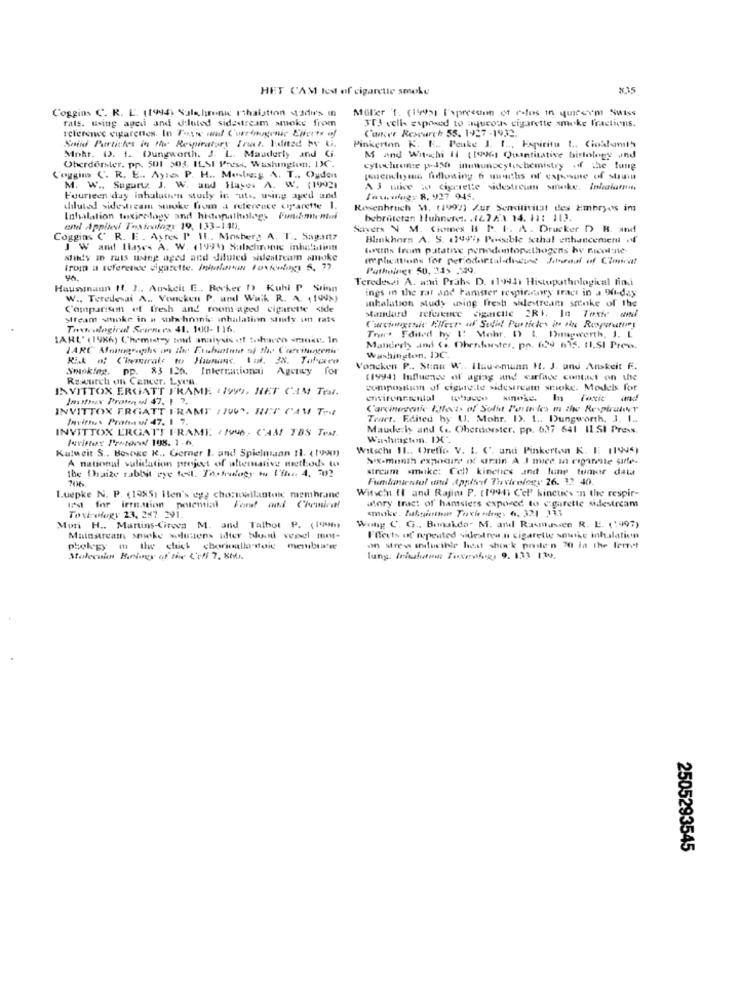
HET CAM led of cigarette smoke
×15
Coggins C. R. L'. (1994) Sala, hroni Ithaistion adu's in
Müller '1. (1995) ['xprecoin of ratos in quecon Nutss
fals. using apeu and diluted sidestream smoke from
313 cells exposed to ayucos cigarette smoke fractions.
Icteronce cigarettes. In Tayre mul Corrinugenic Eltern of
Cancer Research 55. 1927 -1932.
Smind Particles in the Respiratory Tract. Idlited by U.
Pinkerton K. E .. Peuke J. 1 .., Espiritu L. Cioklamth
Oherdorster. pr. 501 503. IL.SI Press, Washington, IX .
Mohr. D. 1. Dungworth. J. L. Mauderty and Gi.
M and Wit-chi 11 (1996) Quantitative bistology and
Coggins C. R. E .. Ayra P. H .. Mabag A. T ., Ouden
M. W .. Suparty J. W. and Huge. A. W. (19921
AJ mice w cigarette sidestreum smake. Inhalar,
Fourieen day inhalation stuily in uts, using aged and
Tourolags 8, 927 945.
shlutad sidestream suoke from a reference carette 1.
Rienbruch M. (1997) Zur Sensitivitat des Embryos im
Inhalation toxicology and histopathology findhim-nul
bebrütetan Huhnere .. . 167 2) 14. 11: 113.
ente Applied Texteulogy 19, 133-140.
Savers N M. Ciones & P. I. A. Drucker D) R. and
Coggins ( R. E . Ayres P' IL .. Mosher) A. T .. Sag.mit7
Blinkhors A. S. (1997) Possible scthal enhancement M
J W and Hayes A. W. (1995) Sabchrome inhalation
torethis from patative penodontopathogens by nicolanie
alikdy in ruts wing aged and diluted sidestream smoke
implications for periodontal-diewe Journal of CImicat
trom a reference cigarette. Iniulan Foxkwlogy 5. 77
Pathoiner 50, 245 ,49
Teredesei A. atki Práhs D. 119441 Histopathological fin.i
Haussmann It. J ., Auskeit E ., Recker b) Kuhl P Srinn
ings in the rat and Famser respirarary tract in a Do-day
W .. Teredesai A .. Voncken P. und Walk R. A. (199%)
inhalation study using fresh sidestream stenke of the
Comparison of fresh and room-aged cigarette side
standard reference igaicute 2RI. In Toxie www
Stream whoke in a whchronic inhalation study im rats
Textological Scarnes 41. 100-116.
IARL' (1986) (,"hemistry and analysis of tohueco -moke. In
Trans Edited by I! Mohr. D 1 Dagworth, J. L
Manderhy and (. Ohenforster, pp. 629 635. 11.SI Pres.
Risk # Chemicals to Himans. Lui. 38, Tabacco
Washington, DC.
Smoking.
pp.
83 126. International Agency for
Voncken P .. Stau W ., Ilausmunn H. J. and Anskeit F.
Rawurch on Cancer. Lyon,
(1994) Influence of aging and surface contact on the
INVITTOX ERGATT FRAME 19WO, HET CAM Trat.
composition of cigureile sidestream snioke. Models for
Intox Proton w 47, 1 7.
In Toxic
INVITTOX ERGATT FRAMP LOY. RET CAS THE
Carcinogenic INects of Solidt Postreles m the Respiranvr
Invite. Prota w 47. 1 7.
Tract. Edited hy U. Mohr. D. L ., Dungworth, J. I ..
INVITTOX ERGATT FRAME. ( 196, CAM TBS Test.
Maueris and (s. Oherdorster. pp. 6.37 641 11.51 Press.
levittex Protocol 108. 1.6.
Kulweit S .. Besoge K ., Gerner 1. and Spielmaan 11. (town)
Witsch HI .. Oreflo V. I. C. und Pinkerton K. E (1995)
A national validation project of alternative methods to
the thaize rabbit eye todl. Thefrafogy to I'fha 4, 7132
stream smoke: Cell kinetics and lune tumor data
106
Funkmientol und apliof Thevivelogy 26. 12 40.
Witsch fl and Rajini P. (1994) C'el' kincties in the respir-
Luepke N. P. (1985) Ilen's egg chorioallantone membrane
atory tract of hamsters exposed to garette sidestream
If's for irritation polemial Fondf and Chemical!
Toxirofogy 23, 287 291.
Muni H .. Manins-Citoca M. and Talbot P. (1996)
Wing C. G ., Banakda. M. and Rasmussen R. E. (1997)
Mainstream smoke solusens ulter blood vessel MM-
Effects of repeated videstrea,n cigarette smoke inhalation
phok gy
on stres indusinie hest shock ponte'n 70 in the fenet
Stolernin Brings of the Cell 7. 8MAL.
lung. Infolwent Toxenofoes 9. 133 1.34.
2505293545